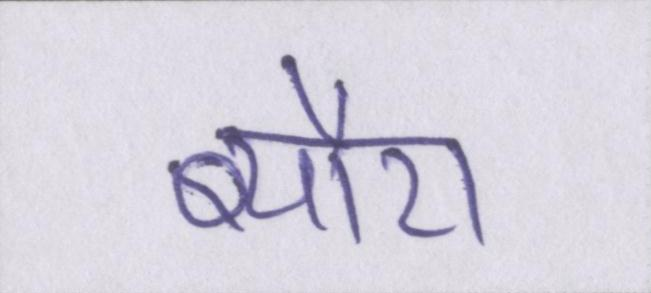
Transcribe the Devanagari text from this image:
ब्यौरा